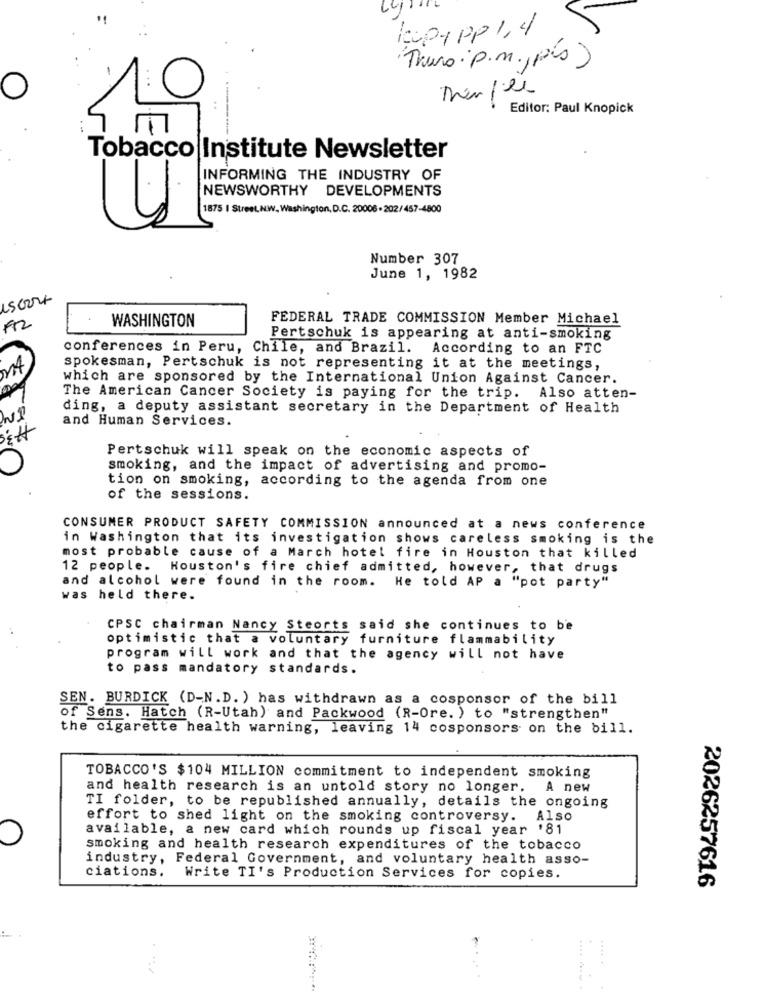
Ly
kccp1 pp 1,4
Thuro : p.m ., pís)
-
Editor: Paul Knopick
n
Tobacco Institute Newsletter
INFORMING THE INDUSTRY OF
NEWSWORTHY DEVELOPMENTS
1875 | Street, NW, Washington,D.C. 20006-202/457-4800
Number 307
June 1, 1982
15004
WASHINGTON
FEDERAL TRADE COMMISSION Member Michael
Pertschuk is appearing at anti-smoking
conferences in Peru, Chile, and Brazil.
According to an FTC
spokesman, Pertschuk is not representing it at the meetings,
which are sponsored by the International Union Against Cancer.
The American Cancer Society is paying for the trip. Also atten-
ding, a deputy assistant secretary in the Department of Health
and Human Services.
Pertschuk will speak on the economic aspects of
smoking, and the impact of advertising and promo-
tion on smoking, according to the agenda from one
of the sessions.
CONSUMER PRODUCT SAFETY COMMISSION announced at a news conference
in Washington that its investigation shows careless smoking is the
most probable cause of a March hotel fire in Houston that killed
12 people. Houston's fire chief admitted, however, that drugs
and alcohol were found in the room. He told AP a "pot party"
was held there.
CPSC chairman Nancy Steorts said she continues to be
optimistic that a voluntary furniture flammability
program will work and that the agency will not have
to pass mandatory standards.
SEN. BURDICK (D-N.D. ) has withdrawn as a cosponsor of the bill
of Sens. Hatch (R-Utah) and Packwood (R-Ore. ) to "strengthen"
the cigarette health warning, leaving 14 cosponsors on the bill.
TOBACCO'S $104 MILLION commitment to independent smoking
and health research is an untold story no longer. A new
TI folder, to be republished annually, details the ongoing
effort to shed light on the smoking controversy. Also
available, a new card which rounds up fiscal year '81
smoking and health research expenditures of the tobacco
industry, Federal Government, and voluntary health asso-
ciations. Write TI's Production Services for copies.
2026257616
.... .....